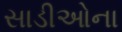
સાડીઓના